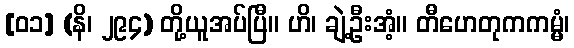
[၀၁] (နိ၊ ၂၉၄) တို့ယူအပ်ပြီ။ ဟိ၊ ချဲ့ဦးအံ့။ တီဟေတုကကမ္မံ၊